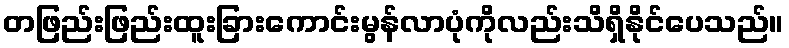
တဖြည်းဖြည်းထူးခြားကောင်းမွန်လာပုံကိုလည်းသိရှိနိုင်ပေသည်။